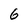
Character: 6